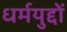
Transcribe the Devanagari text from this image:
धर्मयुद्दों